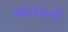
ઓલાદની